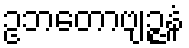
ဥဘတောဗျဉ္ဇနံ